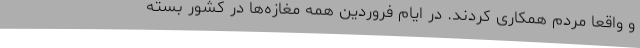
و واقعا مردم همکاری کردند. در ایام فروردین همه مغازه‌ها در کشور بسته